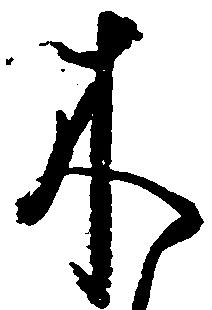
木